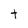
Character: t